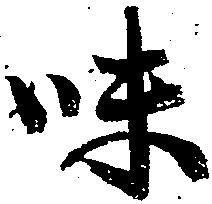
味